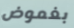
بغموض